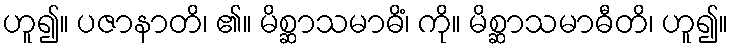
ဟူ၍။ ပဇာနာတိ၊ ၏။ မိစ္ဆာသမာဓိံ၊ ကို။ မိစ္ဆာသမာဓီတိ၊ ဟူ၍။